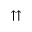
\upuparrows